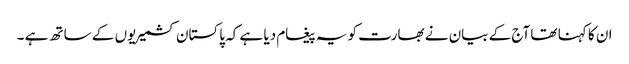
ان کا کہنا تھا آج کے بیان نے بھارت کو یہ پیغام دیا ہے کہ پاکستان کشمیریوں کے ساتھ ہے ۔